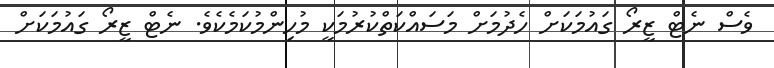
ވެސް ނެޓް ޒީރޯ ގައުމަކަށް ހެދުމަށް މަސައްކަތްކުރުމަކީ މުހިންމުކަމެކެވެ. ނެޓް ޒީރޯ ގައުމަކަށް